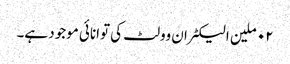
٠٢ ملین الیکٹران وولٹ کی توانائی موجود ہے۔